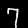
Digit: 7